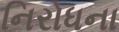
નિરોધના